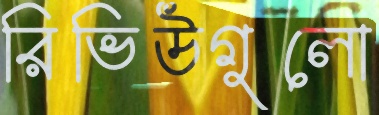
রিভিউগুলো